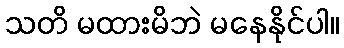
သတိ မထားမိဘဲ မနေနိုင်ပါ။